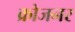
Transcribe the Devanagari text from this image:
क्रोजनर